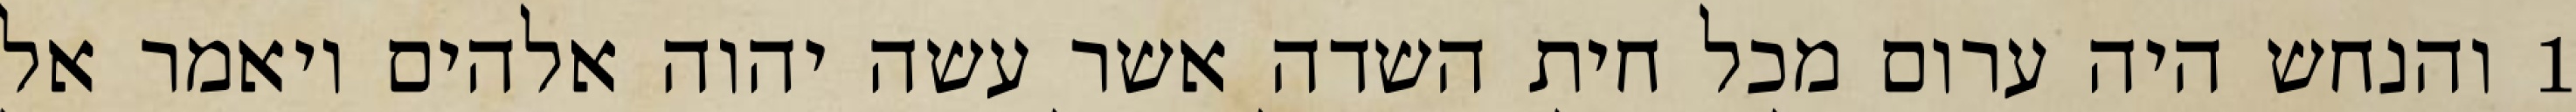
1 והנחש היה ערום מכל חית השדה אשר עשה יהוה אלהים ויאמר אל